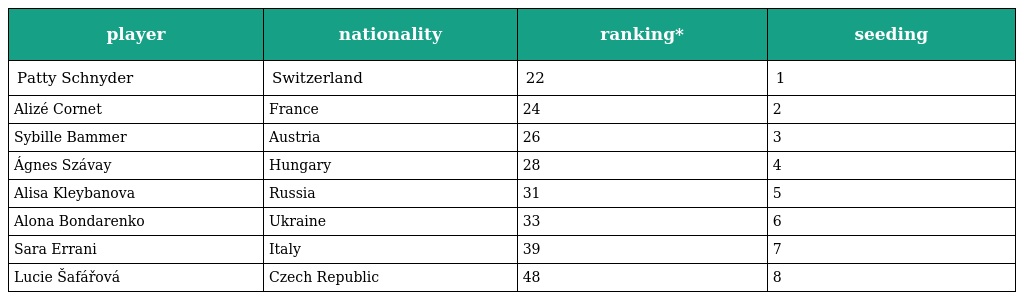
| player | nationality | ranking* | seeding |
 | --- | --- | --- | --- |
 | Patty Schnyder | Switzerland | 22 | 1 |
 | Alizé Cornet | France | 24 | 2 |
 | Sybille Bammer | Austria | 26 | 3 |
 | Ágnes Szávay | Hungary | 28 | 4 |
 | Alisa Kleybanova | Russia | 31 | 5 |
 | Alona Bondarenko | Ukraine | 33 | 6 |
 | Sara Errani | Italy | 39 | 7 |
 | Lucie Šafářová | Czech Republic | 48 | 8 |